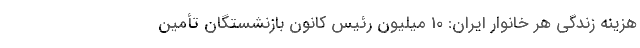
هزینه زندگی هر خانوار ایران: 10 میلیون رئیس کانون بازنشستگان تأمین